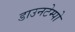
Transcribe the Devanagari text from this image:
डाउनटेम्पो